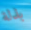
بذلة